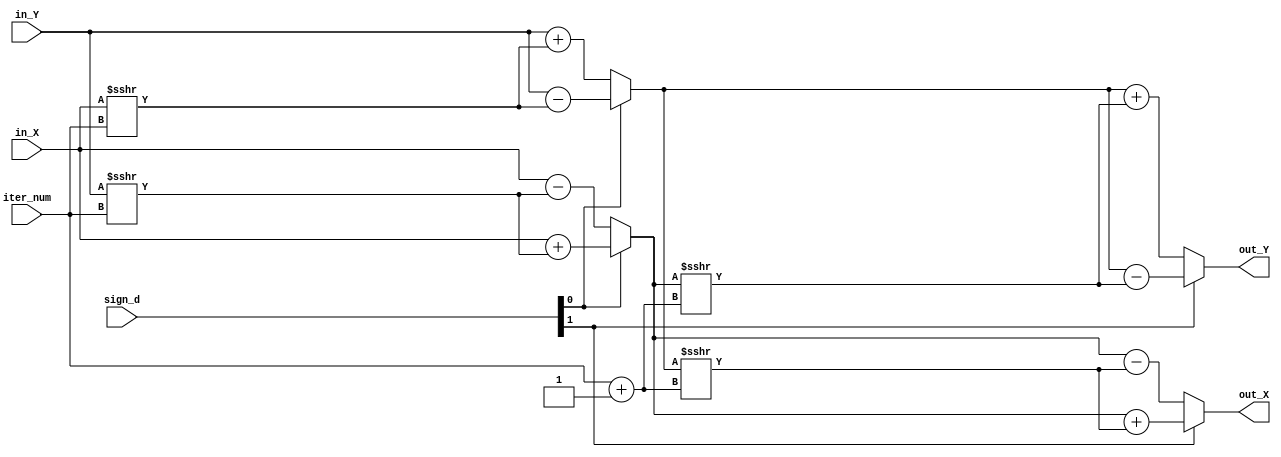
module ROTATION_MODE
   #(
      parameter DATA_LENGTH = 13,
      parameter ITER_IDX    = 3 ,
      parameter NUM_SIGN    = 2
      )
   (in_X,in_Y,iter_num,sign_d,out_X,out_Y);

  input signed  [DATA_LENGTH-1:0]  in_X;
  input signed  [DATA_LENGTH-1:0]  in_Y;
  input         [ITER_IDX-1:0] iter_num;
  input         [NUM_SIGN-1:0]   sign_d;
  output signed [DATA_LENGTH-1:0] out_X;
  output signed [DATA_LENGTH-1:0] out_Y;

wire [ITER_IDX-1:0] iter_num_add1 = iter_num + 'd1;

wire signed [12:0] cal_X_temp_w = sign_d[0] ? in_X  + (in_Y >>> iter_num) : in_X  - (in_Y >>> iter_num);
wire signed [12:0] cal_Y_temp_w = sign_d[0] ? in_Y  - (in_X >>> iter_num) : in_Y  + (in_X >>> iter_num);

assign out_X = sign_d[1] ? cal_X_temp_w  + (cal_Y_temp_w >>> iter_num_add1) : cal_X_temp_w  - (cal_Y_temp_w >>> iter_num_add1);
assign out_Y = sign_d[1] ? cal_Y_temp_w  - (cal_X_temp_w >>> iter_num_add1) : cal_Y_temp_w  + (cal_X_temp_w >>> iter_num_add1);

endmodule